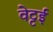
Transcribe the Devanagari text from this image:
वेट्टई